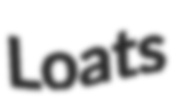
Loats